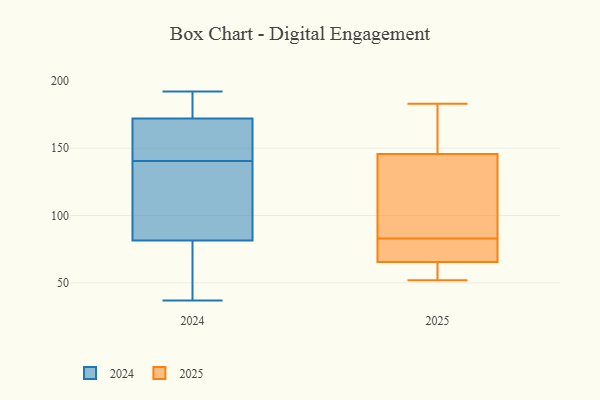
{"axis": {"x": "Operating Costs (USD K)", "y": "Value"}, "legend": ["2024", "2025"], "data": [{"x": "", "y": 93, "type": "2025"}, {"x": "", "y": 147, "type": "2025"}, {"x": "", "y": 142, "type": "2025"}, {"x": "", "y": 73, "type": "2025"}, {"x": "", "y": 53, "type": "2025"}, {"x": "", "y": 75, "type": "2025"}, {"x": "", "y": 183, "type": "2025"}, {"x": "", "y": 83, "type": "2025"}, {"x": "", "y": 178, "type": "2025"}, {"x": "", "y": 52, "type": "2025"}, {"x": "", "y": 63, "type": "2025"}, {"x": "", "y": 37, "type": "2024"}, {"x": "", "y": 59, "type": "2024"}, {"x": "", "y": 78, "type": "2024"}, {"x": "", "y": 147, "type": "2024"}, {"x": "", "y": 179, "type": "2024"}, {"x": "", "y": 192, "type": "2024"}, {"x": "", "y": 191, "type": "2024"}, {"x": "", "y": 165, "type": "2024"}, {"x": "", "y": 134, "type": "2024"}, {"x": "", "y": 85, "type": "2024"}, {"x": "", "y": 150, "type": "2024"}, {"x": "", "y": 93, "type": "2024"}]}